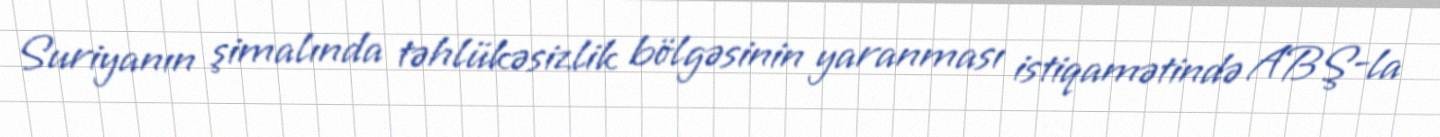
Suriyanın şimalında təhlükəsizlik bölgəsinin yaranması istiqamətində ABŞ-la